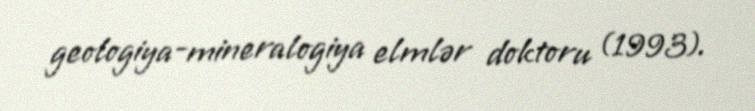
geologiya-mineralogiya elmlər doktoru (1993).